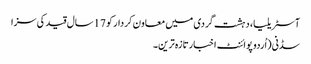
آسٹریلیا، دہشت گردی میں معاون کردار کو 17سال قید کی سزا
سڈنی(اُردو پوائنٹ اخبارتازہ ترین۔